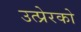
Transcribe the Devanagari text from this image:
उत्प्रेरको